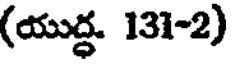
(యుద్ధ. 131-2)